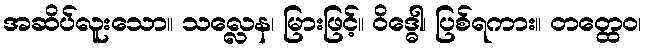
အဆိပ်လူးသော။ သလ္လေန၊ မြားဖြင့်။ ဝိဒ္ဓေါ၊ ပြစ်ရကား။ တတ္ထေဝ၊